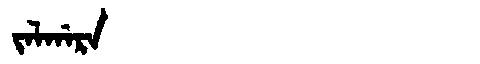
Manchu: ᠵᠠᠯᡤᠠᡵᠠ
Romanization: JALGARA